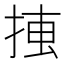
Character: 𢮛